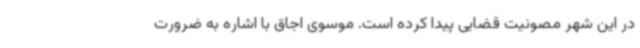
در این شهر مصونیت قضایی پیدا کرده است. موسوی اجاق با اشاره به ضرورت